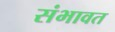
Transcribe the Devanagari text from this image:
संभावत